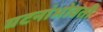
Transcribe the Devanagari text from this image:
घटनांभोवती